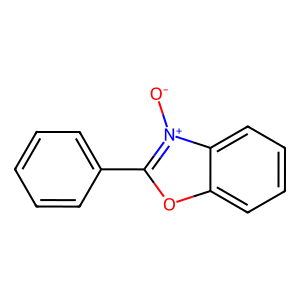
SMILES: [O-][n+]1c(-c2ccccc2)oc2ccccc21
Inhibits HIV replication: No